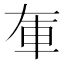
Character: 𨊦